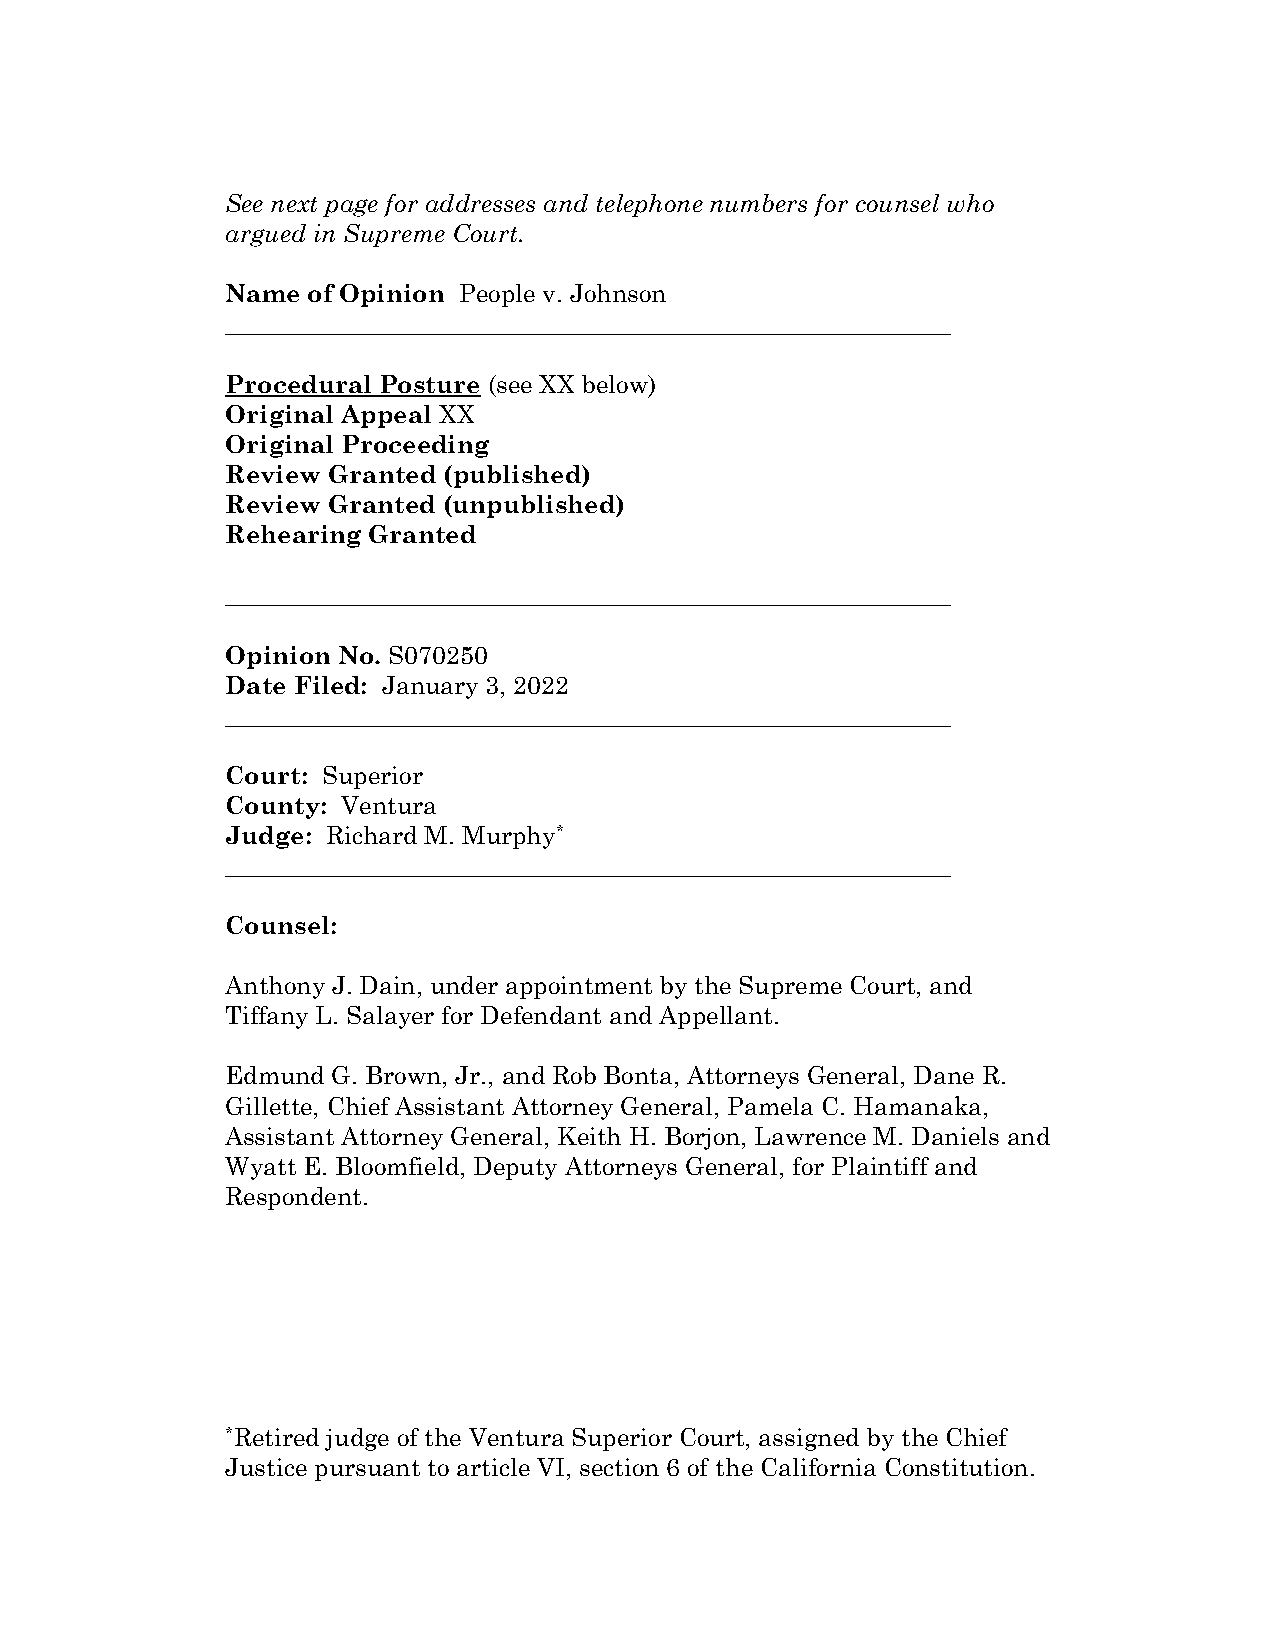
See next page for addresses and telephone numbers for counsel who
 argued in Supreme Court.
 Name of Opinion People v. Johnson
 __________________________________________________________
 Procedural Posture (see XX below)
 Original Appeal XX
 Original Proceeding
 Review Granted (published)
 Review Granted (unpublished)
 Rehearing Granted
 __________________________________________________________
 Opinion No. S070250
 Date Filed: January 3, 2022
 __________________________________________________________
 Court: Superior
 County: Ventura
 Judge: Richard M. Murphy*
 __________________________________________________________
 Counsel:
 Anthony J. Dain, under appointment by the Supreme Court, and
 Tiffany L. Salayer for Defendant and Appellant.
 Edmund G. Brown, Jr., and Rob Bonta, Attorneys General, Dane R.
 Gillette, Chief Assistant Attorney General, Pamela C. Hamanaka,
 Assistant Attorney General, Keith H. Borjon, Lawrence M. Daniels and
 Wyatt E. Bloomfield, Deputy Attorneys General, for Plaintiff and
 Respondent.
 *Retired judge of the Ventura Superior Court, assigned by the Chief
 Justice pursuant to article VI, section 6 of the California Constitution.